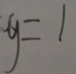
y = 1